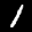
Label: 1